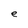
Character: e